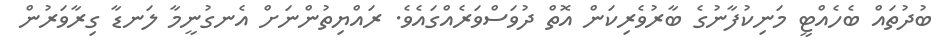
ބުދުތައް ބެހެއްޓީ މަނިކުފާނުގެ ބާރުވެރިކަން އޮތް ދުވަސްވަރެއްގައެވެ. ރައްޔިތުންނަށް އެނގުނީމާ ލަނޑާ ގިރާވަރުން